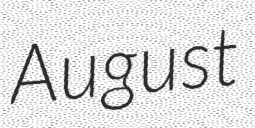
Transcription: August